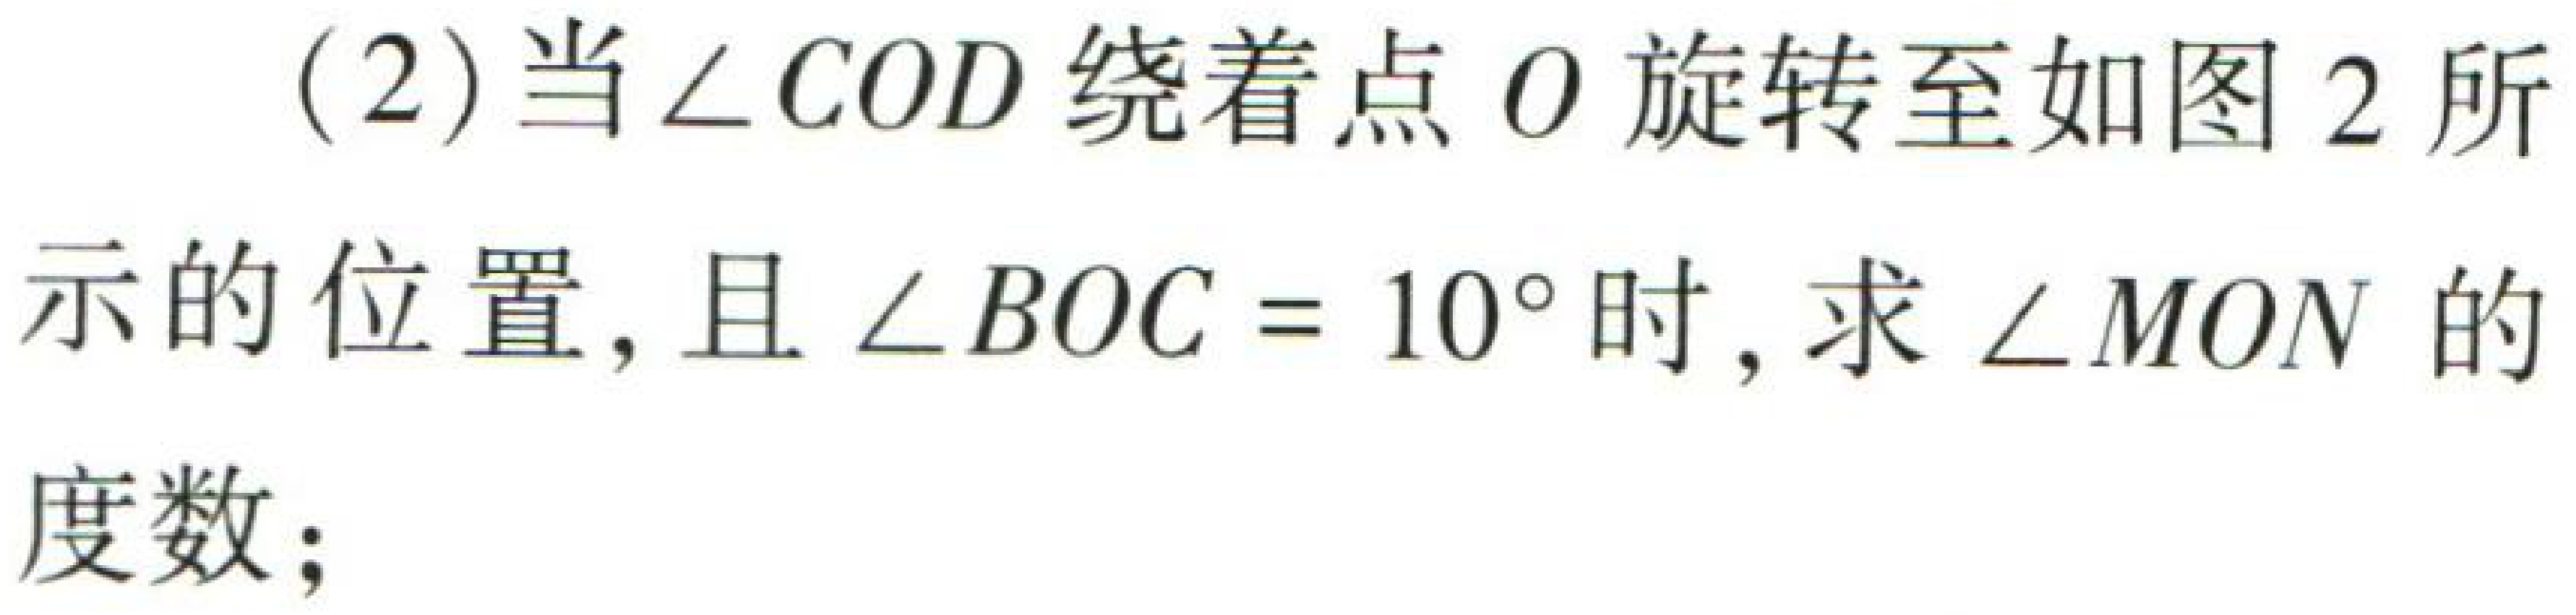
(2)当$\angle COD$绕着点$O$旋转至如图2所

示的位置，且$\angle BOC = 10^{\circ}$时，求$\angle MON$的

度数；